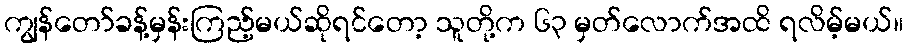
ကျွန်တော်ခန့်မှန်းကြည့်မယ်ဆိုရင်တော့ သူတို့က ၆၃ မှတ်လောက်အထိ ရလိမ့်မယ်။